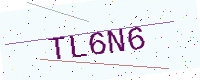
Text: TL6N6